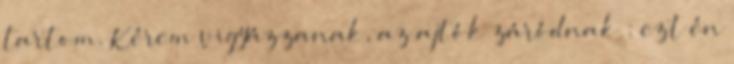
tartom. Kérem vigyázzanak, az ajtók záródnak : ezt én